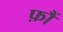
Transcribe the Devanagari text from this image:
फ़ौं